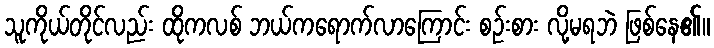
သူကိုယ်တိုင်လည်း ထိုကလစ် ဘယ်ကရောက်လာကြောင်း စဉ်းစား လို့မရဘဲ ဖြစ်နေ၏။